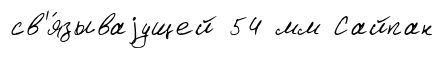
св'я́зываjущей 54 мм Сайпан